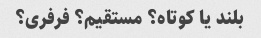
بلند یا کوتاه؟ مستقیم؟ فرفری؟